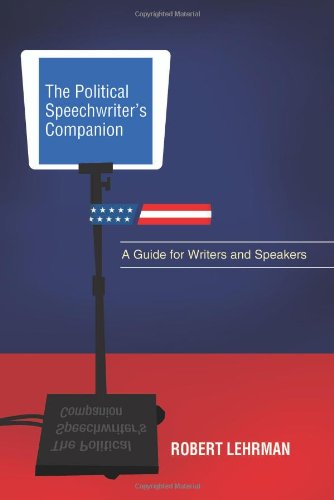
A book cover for The Political Speechwriter's Companion: A Guide for Writers and Speakers; Robert Lehrman; Reference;